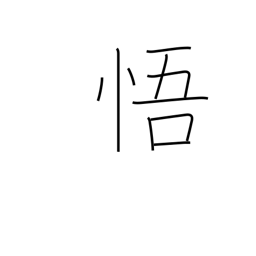
Meaning: perceive